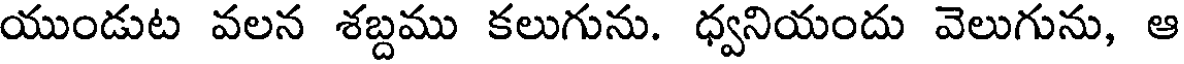
యుండుట వలన శబ్దము కలుగును. ధ్వనియందు వెలుగును, ఆ